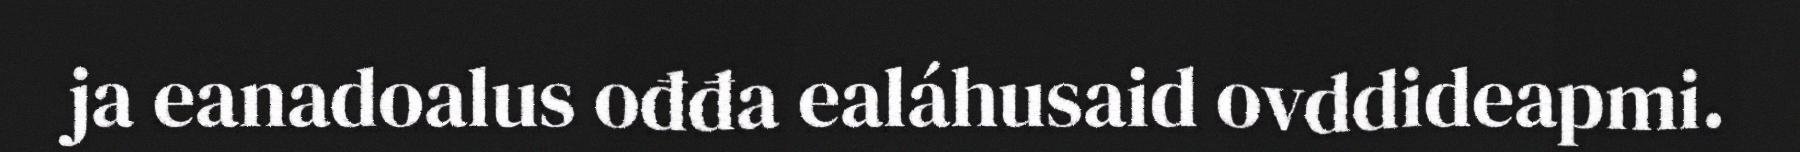
ja eanadoalus ođđa ealáhusaid ovddideapmi.